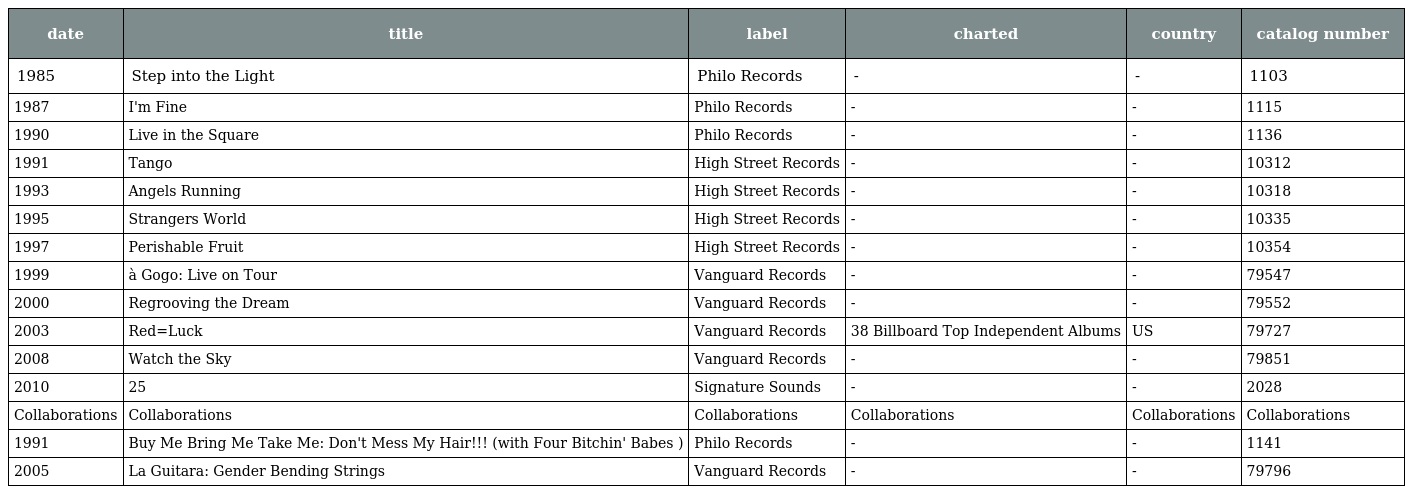
| date | title | label | charted | country | catalog number |
 | --- | --- | --- | --- | --- | --- |
 | 1985 | Step into the Light | Philo Records | - | - | 1103 |
 | 1987 | I'm Fine | Philo Records | - | - | 1115 |
 | 1990 | Live in the Square | Philo Records | - | - | 1136 |
 | 1991 | Tango | High Street Records | - | - | 10312 |
 | 1993 | Angels Running | High Street Records | - | - | 10318 |
 | 1995 | Strangers World | High Street Records | - | - | 10335 |
 | 1997 | Perishable Fruit | High Street Records | - | - | 10354 |
 | 1999 | à Gogo: Live on Tour | Vanguard Records | - | - | 79547 |
 | 2000 | Regrooving the Dream | Vanguard Records | - | - | 79552 |
 | 2003 | Red=Luck | Vanguard Records | 38 Billboard Top Independent Albums | US | 79727 |
 | 2008 | Watch the Sky | Vanguard Records | - | - | 79851 |
 | 2010 | 25 | Signature Sounds | - | - | 2028 |
 | Collaborations | Collaborations | Collaborations | Collaborations | Collaborations | Collaborations |
 | 1991 | Buy Me Bring Me Take Me: Don't Mess My Hair!!! (with Four Bitchin' Babes ) | Philo Records | - | - | 1141 |
 | 2005 | La Guitara: Gender Bending Strings | Vanguard Records | - | - | 79796 |